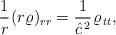
\begin{align*}\frac 1{r}{\kern 0.7pt}(r\varrho)_{rr}=\frac 1{\hat c^{{\kern 1pt}2}}{\kern 1pt}\varrho_{{\kern 1pt} tt},\end{align*}